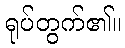
ရုပ်တွက်၏။